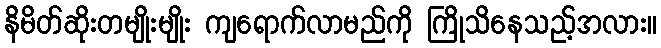
နိမိတ်ဆိုးတမျိုးမျိုး ကျရောက်လာမည်ကို ကြိုသိနေသည့်အလား။